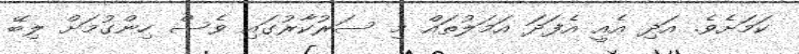
ކަމަށެވެ. އަދި އެއީ އެފަދަ އަމަލުތައް މި ސަރުކާރުގައި ވެސް ހިންގުމަށް ލިބޭ